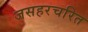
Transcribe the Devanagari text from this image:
जसहरचरित